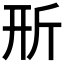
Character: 𣂖